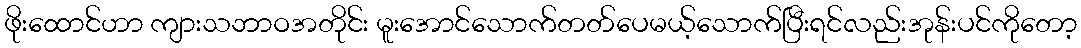
ဖိုးထောင်ဟာ ကျားသဘာဝအတိုင်း မူးအောင်သောက်တတ်ပေမယ့်သောက်ပြီးရင်လည်းအုန်းပင်ကိုတော့